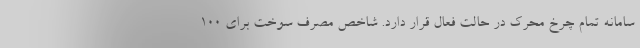
سامانه تمام چرخ محرک در حالت فعال قرار دارد. شاخص مصرف سوخت برای 100